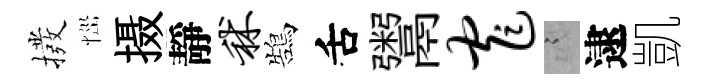
撥𢙉摄靜秫鵠舌鬻窄謭逮凱